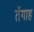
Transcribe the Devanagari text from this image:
तेंगाह